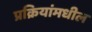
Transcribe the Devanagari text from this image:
प्रक्रियांमधील